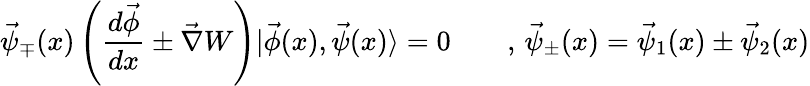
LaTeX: \vec{\psi}_{\mp}(x)\left(\frac{d\vec{\phi}}{dx}\pm\vec{\nabla}W\right)|\vec{\phi}(x),\vec{\psi}(x)\rangle=0\qquad,\, \vec{\psi}_{\pm}(x)=\vec{\psi}_{1}(x)\pm\vec{\psi}_{2}(x)